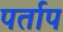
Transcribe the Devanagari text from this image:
पर्ताप